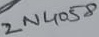
Text: 2N4058